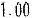
1.00